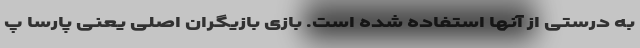
به درستی از آنها استفاده شده است. بازی بازیگران اصلی یعنی پارسا پ